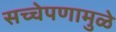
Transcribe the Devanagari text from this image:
सच्चेपणामुळे